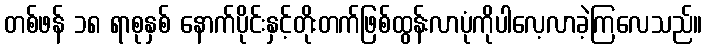
တစ်ဖန် ၁၈ ရာစုနှစ် နောက်ပိုင်းနှင့်တိုးတက်ဖြစ်ထွန်းလာပုံကိုပါလေ့လာခဲ့ကြလေသည်။